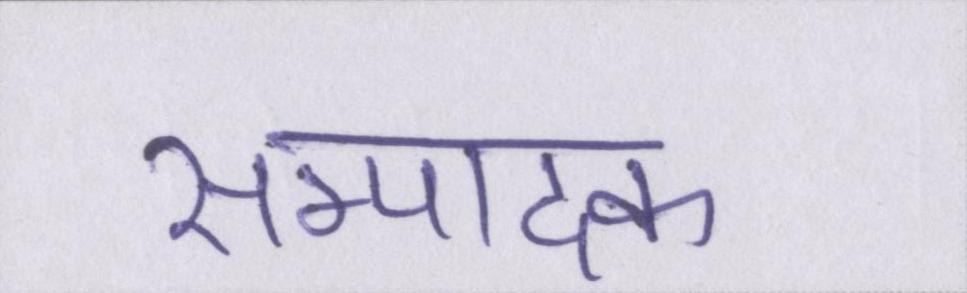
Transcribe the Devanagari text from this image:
सम्पादक